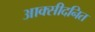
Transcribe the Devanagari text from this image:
आक्सीदनित